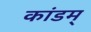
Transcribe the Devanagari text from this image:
कांडम्